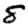
Digit: 8